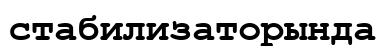
стабилизаторында